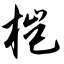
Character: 桤